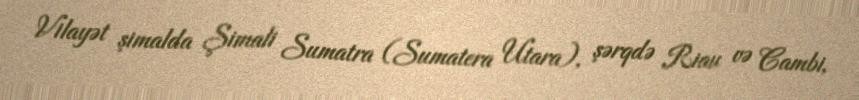
Vilayət şimalda Şimali Sumatra (Sumatera Utara), şərqdə Riau və Cambi,